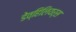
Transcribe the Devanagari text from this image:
डेव्हिलियर्स